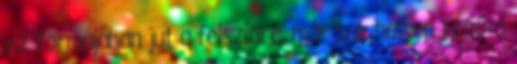
víz formájában jut a felszínre, már sok helyen régóta